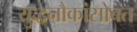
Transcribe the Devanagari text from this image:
युद्धनौकांसोबत